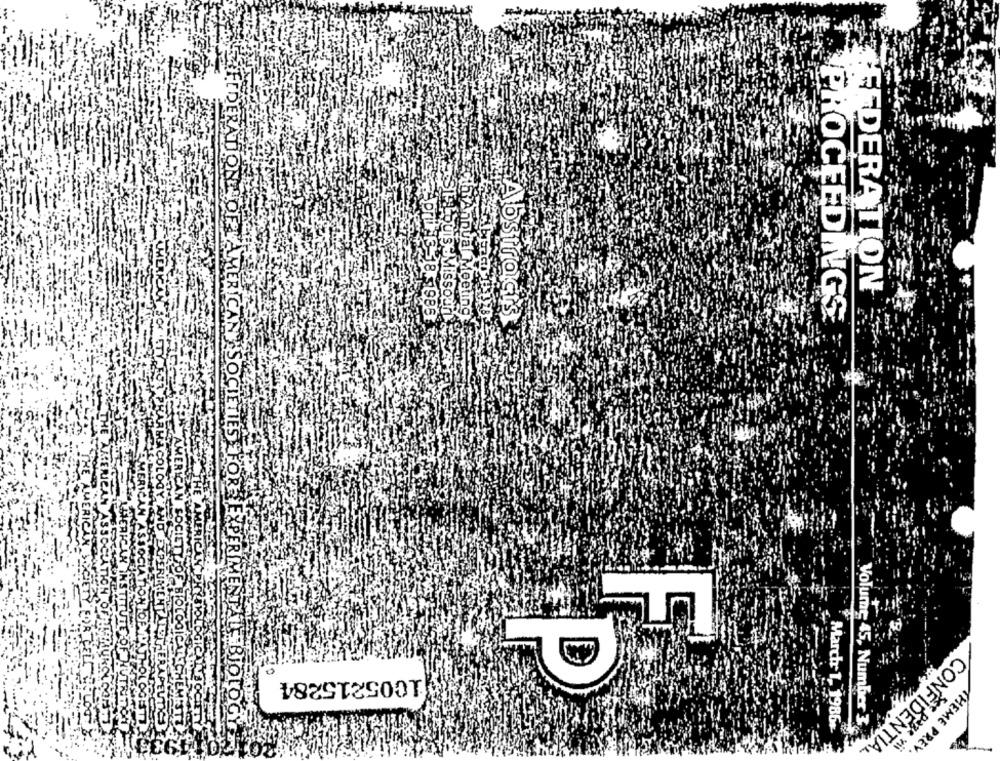
FEDERATION
louis MMissoun
hiAnnual Meeting
PROCEEDINGS
Abstract's
April3 18.5985
1005215284
THEME
Marchr 1, 1986%
Volume 45, Number 3
CONFIDENTIAL.